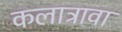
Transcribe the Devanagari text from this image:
कलाट्रावा